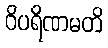
ဝိပရိဏမတိ